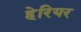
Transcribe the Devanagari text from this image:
हेरियर